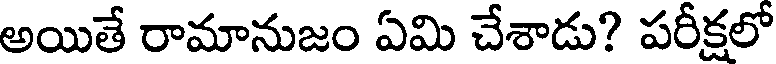
అయితే రామానుజం ఏమి చేశాడు? పరీక్షలో